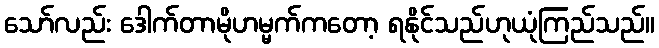
သော်လည်း ဒေါက်တာမိုဟမ္မက်ကတော့ ရနိုင်သည်ဟုယုံကြည်သည်။